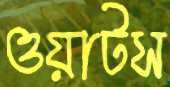
ওয়াটস